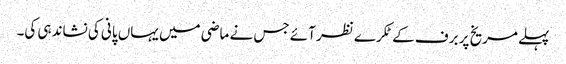
پہلے مریخ پر برف کے ٹکرے نظر آئے جس نے ماضی میں یہاں پانی کی نشاندہی کی۔